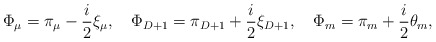
\begin{align*}\Phi_\mu=\pi_\mu-\frac{i}{2}\xi_\mu,\quad\Phi_{D+1}=\pi_{D+1}+\frac{i}{2}\xi_{D+1},\quad\Phi_m=\pi_m+\frac{i}{2}\theta_m,\end{align*}